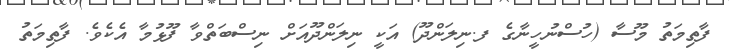
ފާތިމަތު މޫސާ (ހުސްނުހީނާގެ ފ.ނިލަންދޫ) އަކީ ނިލަންދޫއަށް ނިސްބަތްވާ ފޫޅުމާ އެކެވެ. ފާތިމަތު